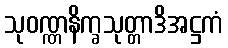
သုဝဏ္ဏနိက္ခသုတ္တာဒိအဋ္ဌကံ